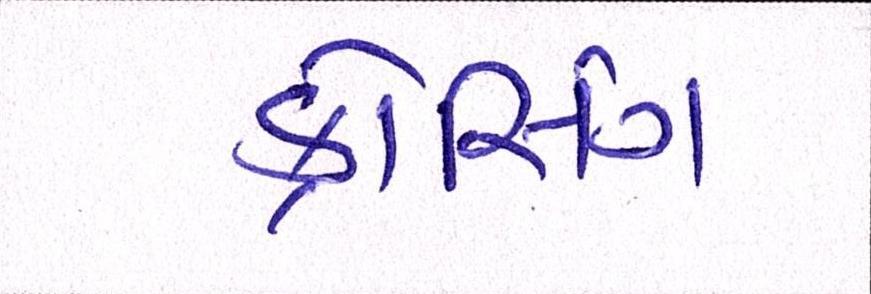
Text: ક્રોસિંગ